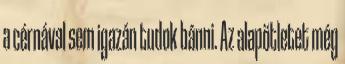
a cérnával sem igazán tudok bánni. Az alapötletet még